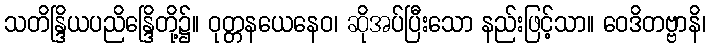
သတိန္ဒြိယပညိန္ဒြေိတို့၌။ ဝုတ္တနယေနေဝ၊ ဆိုအပ်ပြီးသော နည်းဖြင့်သာ။ ဝေဒိတဗ္ဗာနိ၊